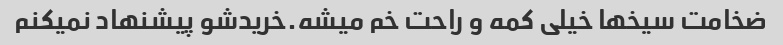
ضخامت سیخها خیلی کمه و راحت خم میشه.خریدشو پیشنهاد نمیکنم